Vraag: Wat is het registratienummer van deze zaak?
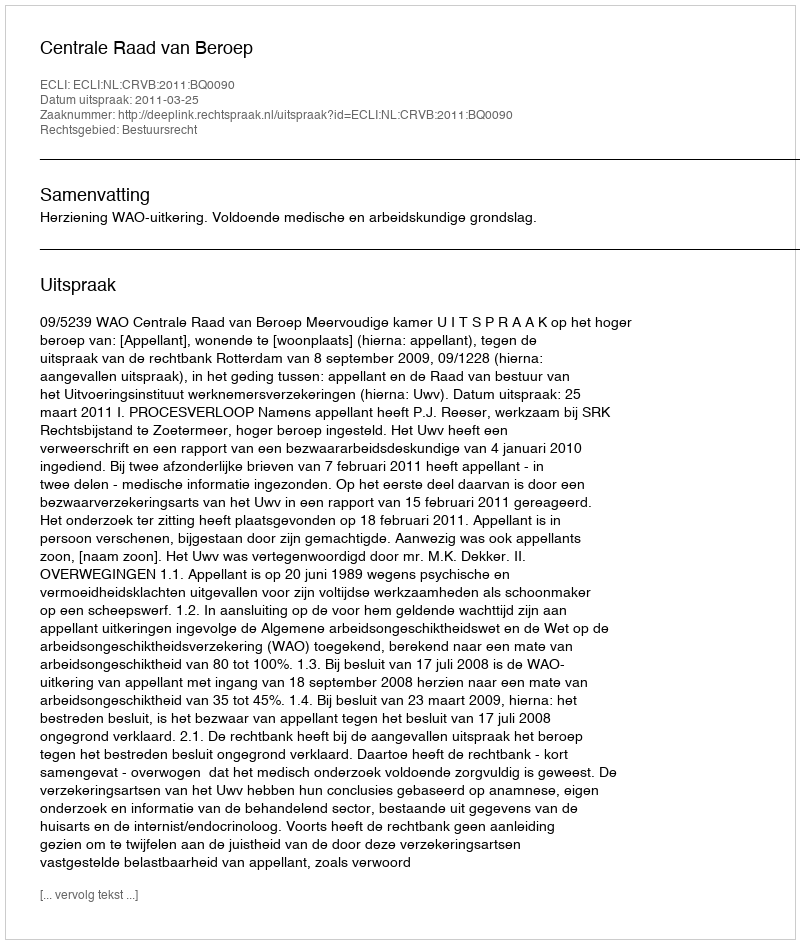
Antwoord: http://deeplink.rechtspraak.nl/uitspraak?id=ECLI:NL:CRVB:2011:BQ0090